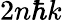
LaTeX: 2n\hbar k